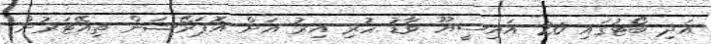
އަދި ބޯޓުގައި 20 އައިސީޔޫ ވާޑު ހުރި އިރު އަށް އޮޕަރޭޝަން ތިއޭޓަރުން